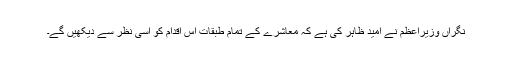
نگراں وزیراعظم نے امید ظاہر کی ہے کہ معاشرے کے تمام طبقات اس اقدام کو اسی نظر سے دیکھیں گے۔